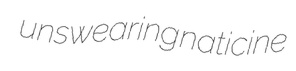
unswearing naticine